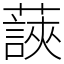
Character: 䕛